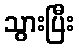
သွားပြီး